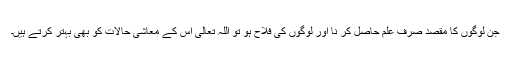
جن لوگوں کا مقصد صرف علم حاصل کر نا اور لوگوں کی فلاح ہو تو اللہ تعالی اس کے معاشی حالات کو بھی بہتر کرتے ہیں۔